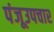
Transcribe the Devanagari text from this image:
पंजूउपचार